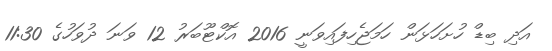
އަދި ބިޑް ހުށަހަޅަން ހަމަޖެހިފައިވަނީ 2016 އޮކްޓޫބަރު 12 ވަނަ ދުވަހުގެ 11:30